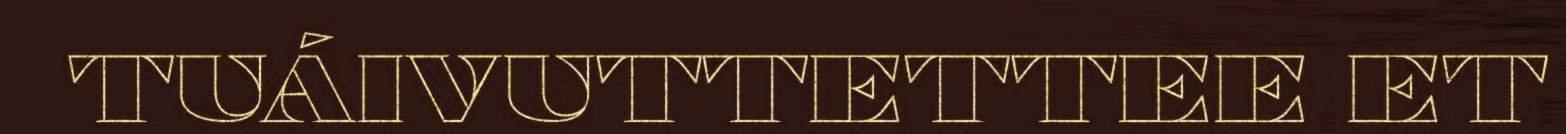
TUÁIVUTTETTEE ET